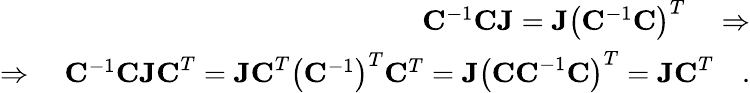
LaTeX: \begin{array}{r}{\mathbf{C}^{-1}\mathbf{CJ}=\mathbf{J}\left(\mathbf{C}^{-1}\mathbf{C}\right)^{T}\quad\Rightarrow}\\ {\Rightarrow\quad\mathbf{C}^{-1}\mathbf{CJC}^{T}=\mathbf{JC}^{T}\left(\mathbf{C}^{-1}\right)^{T}\mathbf{C}^{T}=\mathbf{J}\left(\mathbf{CC}^{-1}\mathbf{C}\right)^{T}=\mathbf{JC}^{T}\quad.}\end{array}